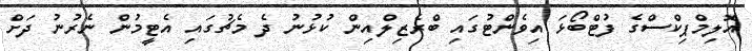
އޮލިމްޕިކްސްގެ ފުޓްބޯޅަ އިވެންޓުގައި ބްރެޒިލްއިން ކުޅުނު ދެ މެޗުގައި އެޓީމުން ނެރުނު ދަށް